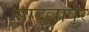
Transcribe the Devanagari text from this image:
सादुल्लापुर